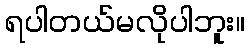
ရပါတယ်မလိုပါဘူး။